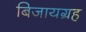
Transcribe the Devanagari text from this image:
बिजायग्रह